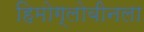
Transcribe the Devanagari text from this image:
हिमोग्लोबीनला